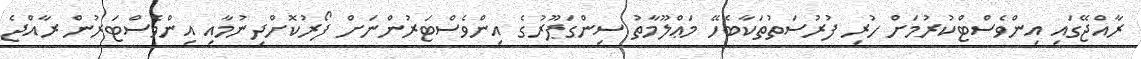
ރާއްޖޭގައި އިންވެސްޓްކުރުމަށް ހުރި ފުރުސަތުތަކާބެހޭ މަޢްލޫމާތު ސިންގަޕޫރުގެ އިންވެސްޓަރުންނަށް ފޯރުކޮށްދިނުމާއި އިންވެސްޓަރުން ރާއްޖެ